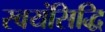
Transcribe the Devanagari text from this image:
स्वयंसिद्धि